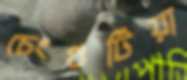
চেংগুটিয়া